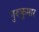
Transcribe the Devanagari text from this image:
गुरुकुमार